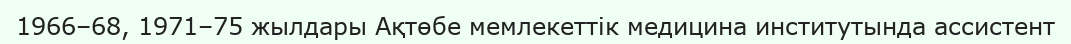
1966–68, 1971–75 жылдары Ақтөбе мемлекеттік медицина институтында ассистент